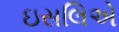
ઇસલિએ